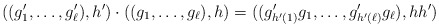
\begin{align*}((g_1',\ldots, g_\ell'),h') \cdot ((g_1,\ldots, g_\ell) ,h) =((g'_{h'(1)}g_1,\ldots, g'_{h'(\ell)}g_\ell),hh')\end{align*}